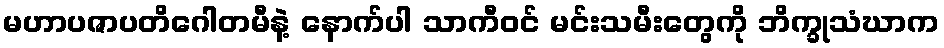
မဟာပဇာပတိဂေါတမီနဲ့ နောက်ပါ သာကီဝင် မင်းသမီးတွေကို ဘိက္ခုသံဃာက